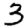
Digit: 3